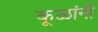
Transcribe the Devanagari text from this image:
कूळांनी